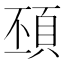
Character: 䪹